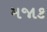
મજાક